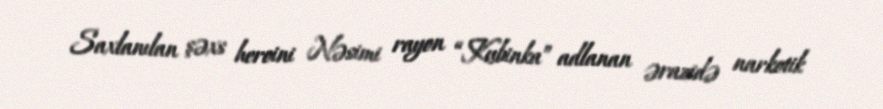
Saxlanılan şəxs heroini Nəsimi rayon “Kubinka” adlanan ərazidə narkotik